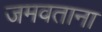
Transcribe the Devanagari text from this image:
जमवताना